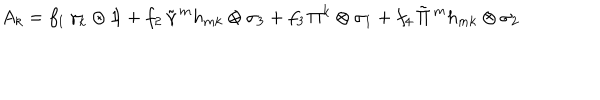
A _ { k } = f _ { 1 } \, \gamma _ { k } \otimes 1 \! \! 1 + f _ { 2 } \, \tilde { \gamma } \, ^ { m } h _ { m k } \otimes \sigma _ { 3 } + f _ { 3 } \, \Pi ^ { k } \otimes \sigma _ { 1 } + f _ { 4 } \, \tilde { \Pi } \, ^ { m } h _ { m k } \otimes \sigma _ { 2 }